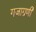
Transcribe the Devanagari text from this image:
गजाग्रणी